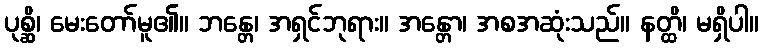
ပုစ္ဆိ၊ မေးတော်မူ၏။ ဘန္တေ၊ အရှင်ဘုရား။ အန္တော၊ အစအဆုံးသည်။ နတ္ထိ၊ မရှိပါ။